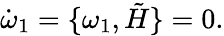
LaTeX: \dot{\omega}_{1}=\lbrace\omega_{1},\tilde{H}\rbrace=0.